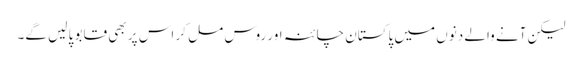
لیکن آنے والے دنوں میں پاکستان چائنہ اور روس مل کر اس پر بھی قابو پا لیں گے۔